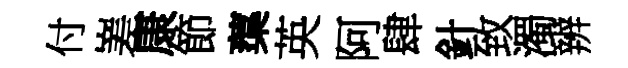
付嵳康節蕖英阿肆針致濁辨